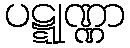
ပဋ္ဋုဏ္ဏာ